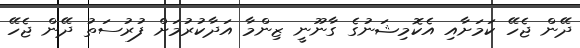
ދޭން ޖެހޭ ކަމަށާއި އެކޮމިޝަނުގެ ގާނޫނީ ޒިންމާ އަދާކުރުމަށް ފުރުސަތު ދޭން ޖެހޭ